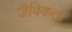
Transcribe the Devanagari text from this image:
जैविकता